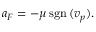
a _ { F } = - \mu \operatorname { s g n } { } ( v _ { p } ) .